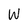
Character: W